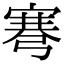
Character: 弿